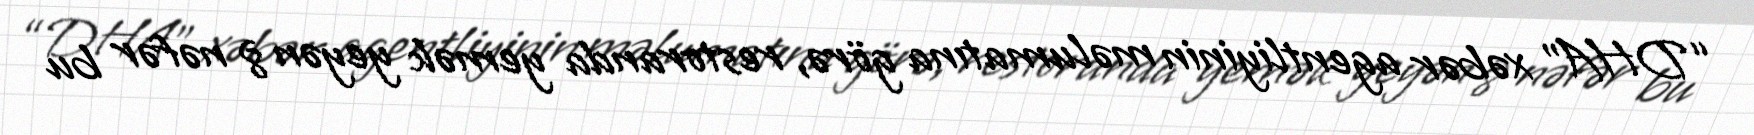
“DHA” xəbər agentliyinin məlumatına görə, restoranda yemək yeyən 8 nəfər bu